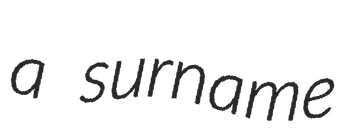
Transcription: a surname